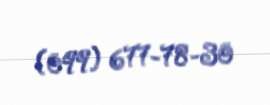
(099) 677-78-30